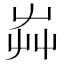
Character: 芔